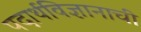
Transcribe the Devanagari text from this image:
पदार्थविज्ञानाची